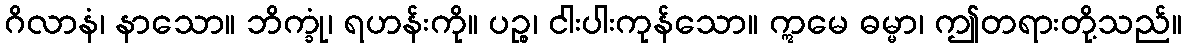
ဂိလာနံ၊ နာသော။ ဘိက္ခုံ၊ ရဟန်းကို။ ပဉ္စ၊ ငါးပါးကုန်သော။ ဣမေ ဓမ္မာ၊ ဤတရားတို့သည်။